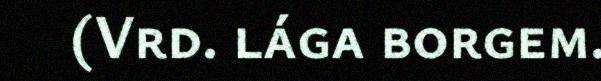
(Vrd. lága borgem.